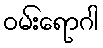
ဝမ်းရောဂါ